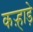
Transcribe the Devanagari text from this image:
कऱ्हाड़े